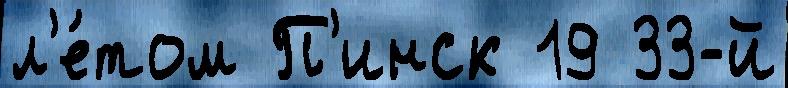
л'е́том П'инск 19 33-й